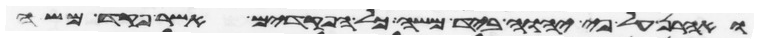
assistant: ואהרן על פי יהוה ביד משה כל הפקדים אשר פקד משה